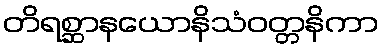
တိရစ္ဆာနယောနိသံဝတ္တနိကာ